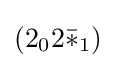
(2_{0}2{\bar {*}}_{1})